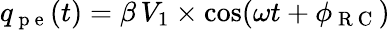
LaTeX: q_{\mathrm{~p~e~}}(t)=\beta\, V_{1}\times\cos(\omega t+\phi_{\mathrm{~R~C~}})